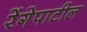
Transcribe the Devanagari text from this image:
रेंगेपाटील